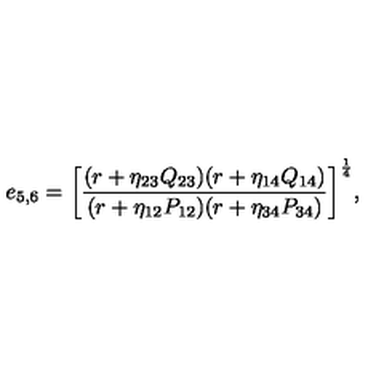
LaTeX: { e _ { 5 , 6 } = \left[ { \frac { ( r + \eta _ { 2 3 } Q _ { 2 3 } ) ( r + \eta _ { 1 4 } Q _ { 1 4 } ) } { ( r + \eta _ { 1 2 } P _ { 1 2 } ) ( r + \eta _ { 3 4 } P _ { 3 4 } ) } } \right] ^ { \frac { 1 } { 4 } } } ,